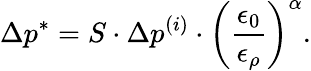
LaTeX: \Delta p^{*}=S\cdot\Delta p^{(i)}\cdot\left(\frac{\epsilon_{0}}{\epsilon_{\rho}}\right)^{\alpha}.